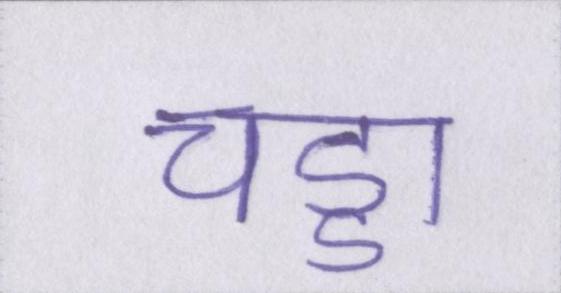
चड्डा